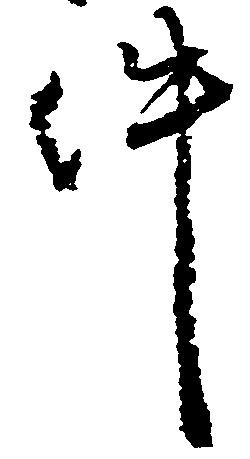
件